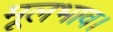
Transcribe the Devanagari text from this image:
मूलभाव।